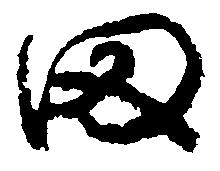
田